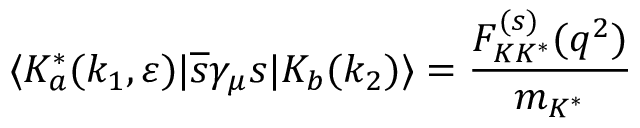
\langle K _ { a } ^ { \ast } ( k _ { 1 } , \varepsilon ) | { \overline { { { s } } } } \gamma _ { \mu } s | K _ { b } ( k _ { 2 } ) \rangle = \frac { F _ { K K ^ { \ast } } ^ { ( s ) } ( q ^ { 2 } ) } { m _ { K ^ { \ast } } }